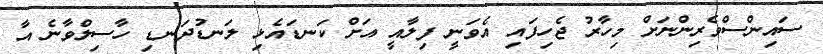
ސައިންސްވެރިންނަށް މިހާރު ޖެހިފައި އެވަނީ ފިލާއީ އަށް ކަނޑައެޅި ލަނޑުދަނޑި ހާސިލްވާނެ އާ